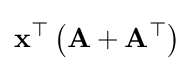
\mathbf {x} ^{\top }\left(\mathbf {A} +\mathbf {A} ^{\top }\right)